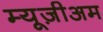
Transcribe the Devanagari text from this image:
म्यूज़ीअम